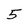
Character: 5